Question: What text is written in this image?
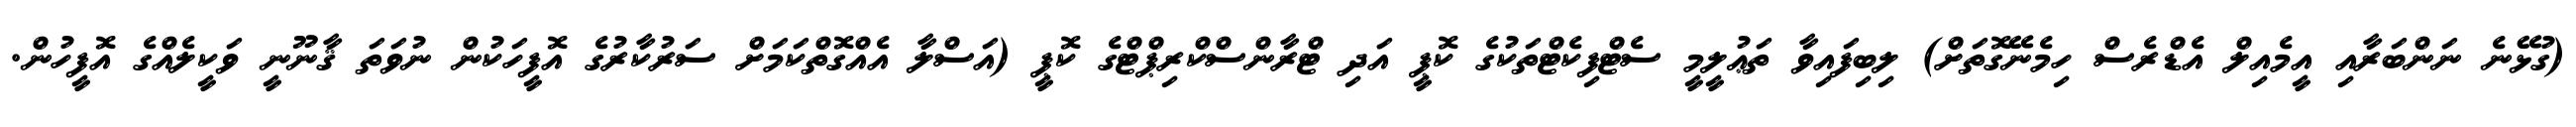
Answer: (ގުޅޭނެ ނަންބަރާއި އީމެއިލް އެޑްރެސް ހިމެނޭގޮތަށް) ލިބިފައިވާ ތަޢުލީމީ ސެޓްފިކެޓްތަކުގެ ކޮޕީ އަދި ޓްރާންސްކްރިޕްޓްގެ ކޮޕީ (އަސްލާ އެއްގޮތްކަމަށް ސަރުކާރުގެ އޮފީހަކުން ނުވަތަ ޤާނޫނީ ވަކީލެއްގެ އޮފީހުން.